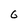
Character: 6